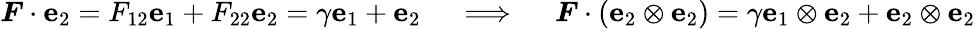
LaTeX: {\boldsymbol{F}}\cdot\mathbf{e}_{2}=F_{12}\mathbf{e}_{1}+F_{22}\mathbf{e}_{2}=\gamma\mathbf{e}_{1}+\mathbf{e}_{2}\quad\implies\quad{\boldsymbol{F}}\cdot(\mathbf{e}_{2}\otimes\mathbf{e}_{2})=\gamma\mathbf{e}_{1}\otimes\mathbf{e}_{2}+\mathbf{e}_{2}\otimes\mathbf{e}_{2}